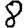
Digit: 8